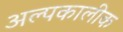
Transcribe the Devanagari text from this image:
अल्पकालीक